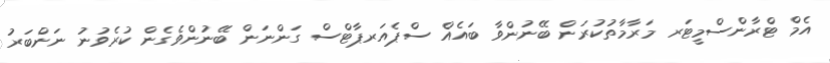
އެމް ޓްރާންސްމީޓަރ މަރާމާތުކުރަން ބޭނުންވާ ބައެއް ސްޕެއަރޕާޓްސް ގަންނަން ބޭނުންވެގެން ކުރެވުނު ނަންބަރު